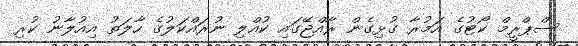
ސްޕްރީމް ކޯޓުގެ އަމުރާ ގުޅިގެން ރާއްޖޭގައި ކުއްލި ނުރައްކަލުގެ ހާލަތު އިއުލާނު ކުރި